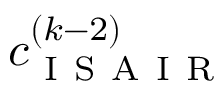
c _ { \mathrm { ~ I ~ S ~ A ~ I ~ R ~ } } ^ { ( k - 2 ) }